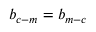
b _ { c - m } = b _ { m - c }